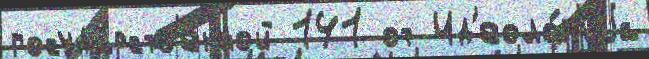
госуда́рств'енной 141 от Ид'еоло́г'иjа